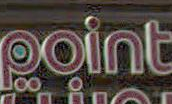
point